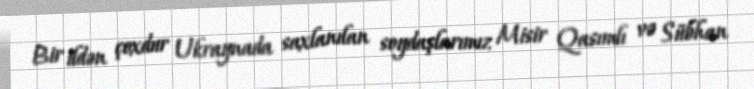
Bir ildən çoxdur Ukraynada saxlanılan soydaşlarımız Misir Qasımlı və Sübhan